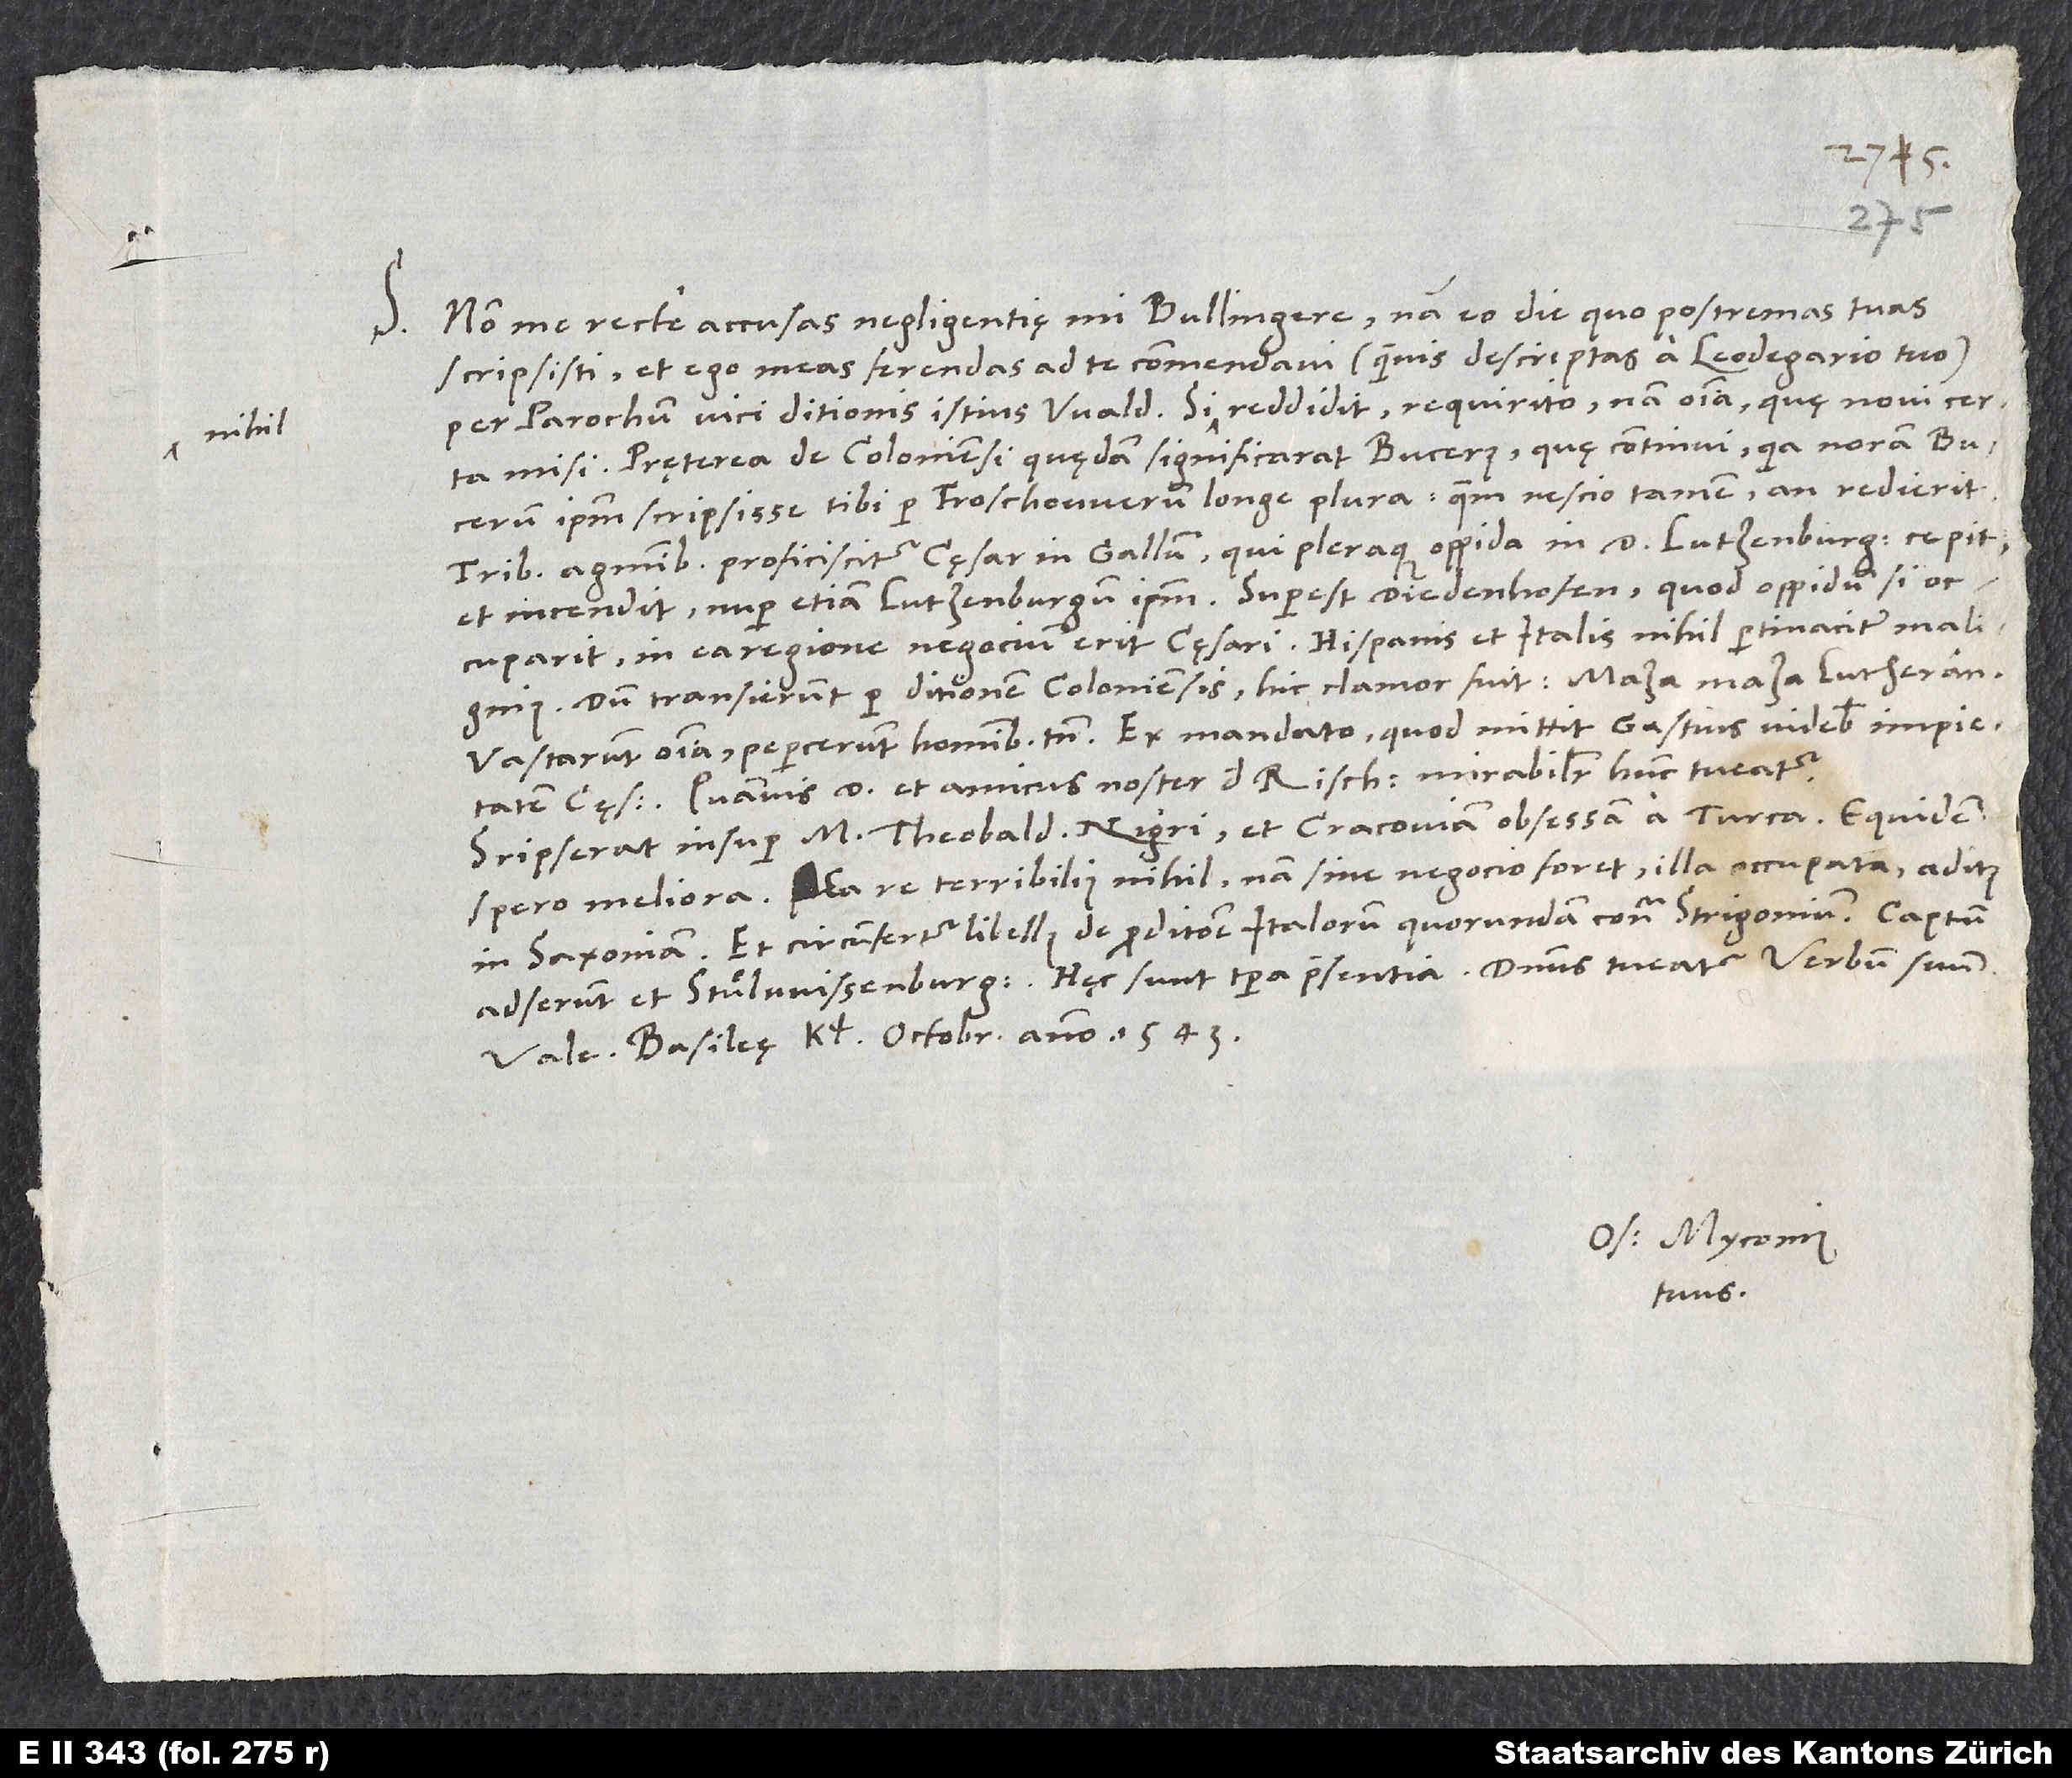
S.

Non me recte accusas negligentię, mi Bullingere; nam eo die, quo postremas tuas
scripsisti, et ego meas ferendas ad te commendavi (quamvis descriptas a Leodegario tuo)
per parochum vici ditionis istius Wald. Si nihil reddidit, requirito; nam omnia, quę novi certa,
misi. Pręterea de Coloniensi quędam significarat Bucerus, quę continui, quia noram Bucerum
ipsum scripsisse tibi per Froschouerum longe plura, quem nescio tamen, an redierit.
Tribus agminibus proficiscitur cęsar in Gallum, qui pleraque oppida in d et amicus noster
Scripserat insuper M. Theobaldus Nigri et Cracoviam obsessam a Turca. Equidem
spero meliora. Ea re terribilius nihil; nam sine negocio foret illa occupata aditus
in Saxoniam. Et circumfertur libellus de proditione Italorum quorundam contra Strigonium. Captum
Basileę, kalendis octobris anno 1543.
Os. Myconius
tuus.